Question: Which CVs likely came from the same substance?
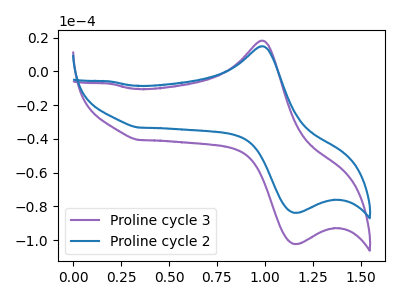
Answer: <think>The purple curve "Proline cycle 3" has an anodic peak at (1.00V, 18.30uA) and a cathodic peak at (1.20V, -102.30uA). The blue curve "Proline cycle 2" has an anodic peak at (1.00V, 14.95uA) and a cathodic peak at (1.20V, -83.80uA).
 All the peaks in "Proline cycle 3" have a peak in "Proline cycle 2" at the same potential. Every peak in "Proline cycle 3" is higher than every peak in "Proline cycle 2".</think>
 <answer>"Proline cycle 2" and "Proline cycle 3" have the same shape and are likely CV's of the same chemical.</answer>
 <eval>"Proline cycle 2" "Proline cycle 3"</eval>